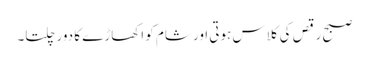
صبح رقص کی کلاس ہوتی اور شام کو اکھاڑے کا دور چلتا۔